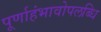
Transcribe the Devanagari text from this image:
पूर्णाहंभावोपलब्धि